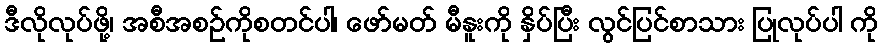
ဒီလိုလုပ်ဖို့၊ အစီအစဉ်ကိုစတင်ပါ၊ ဖော်မတ် မီနူးကို နှိပ်ပြီး လွင်ပြင်စာသား ပြုလုပ်ပါ ကို